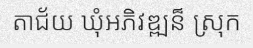
តាជ័យ ឃុំអភិវឌ្ឍន៏ ស្រុក